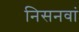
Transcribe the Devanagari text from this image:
निसनवां